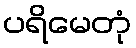
ပရိမေတုံ